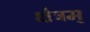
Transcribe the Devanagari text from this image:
क्षेत्रम्